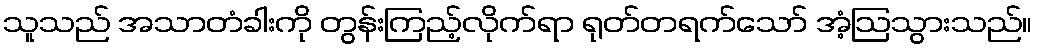
သူသည် အသာတံခါးကို တွန်းကြည့်လိုက်ရာ ရုတ်တရက်သော် အံ့ဩသွားသည်။